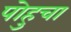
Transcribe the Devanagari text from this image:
पोहुचा